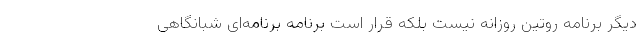
دیگر برنامه روتین روزانه نیست بلکه قرار است برنامه برنامه‌ای شبانگاهی